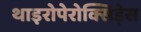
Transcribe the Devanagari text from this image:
थाइरोपेरोक्सिड़ेस